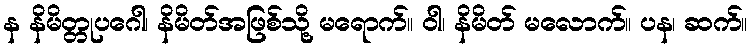
န နိမိတ္တုပဂေါ၊ နိမိတ်အဖြစ်သို့ မရောက်။ ဝါ၊ နိမိတ် မလောက်။ ပန၊ ဆက်။